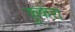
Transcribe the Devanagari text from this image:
कुकरा